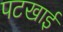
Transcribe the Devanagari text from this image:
पटखाई